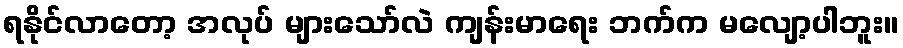
ရနိုင်လာတော့ အလုပ် များသော်လဲ ကျန်းမာရေး ဘက်က မလျော့ပါဘူး။